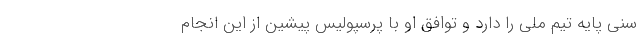
سنی پایه تیم ملی را دارد و توافق او با پرسپولیس پیشین از این انجام